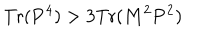
\mathrm { T r } ( { \bf P } ^ { 4 } ) > 3 \mathrm { T r } ( { \bf M } ^ { 2 } { \bf P } ^ { 2 } )